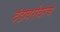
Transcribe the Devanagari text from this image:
दंडाबरोबरच